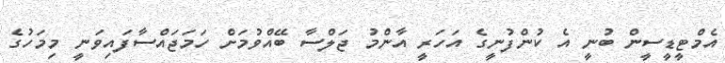
އެމްޓީޑީސީން ބުނީ އެ ކުންފުނީގެ އަހަރީ އާންމު ޖަލްސާ ބޭއްވުމަށް ހަމަަޖައްސާފައިވަނީ މިމަހުގެ